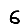
Digit: 6